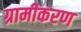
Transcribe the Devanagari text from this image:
ग्रामीकरण